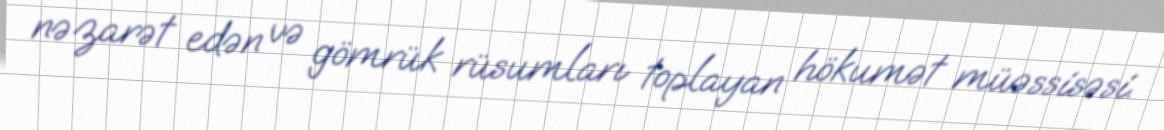
nəzarət edən və gömrük rüsumları toplayan hökumət müəssisəsi.